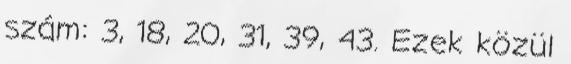
szám: 3, 18, 20, 31, 39, 43. Ezek közül